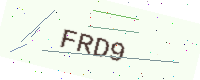
Text: FRD9